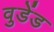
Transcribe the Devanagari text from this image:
वुडेंड